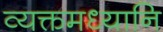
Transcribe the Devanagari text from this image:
व्यक्तमध्यानि